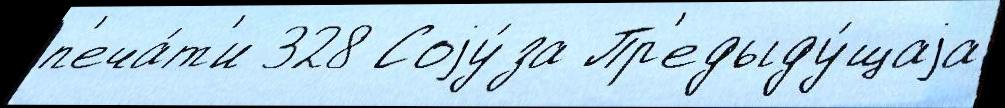
п'еча́т'и 328 Соjу́за Пр'едыду́щаjа